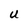
Character: U